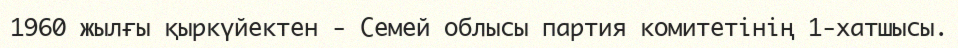
1960 жылғы қыркүйектен - Семей облысы партия комитетінің 1-хатшысы.